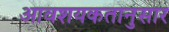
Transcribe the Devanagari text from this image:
आवशयकतानुसार